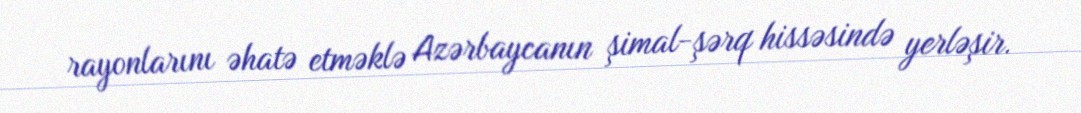
rayonlarını əhatə etməklə Azərbaycanın şimal-şərq hissəsində yerləşir.